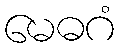
မေဓဂံ